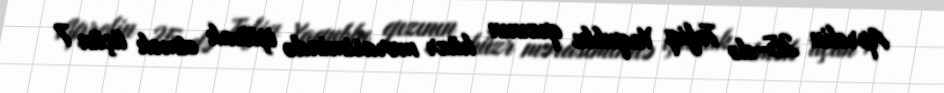
Aprelin 25-də Tofiq Yaqublu qızının hüzr mərasimində iştirak etmək üçün 7